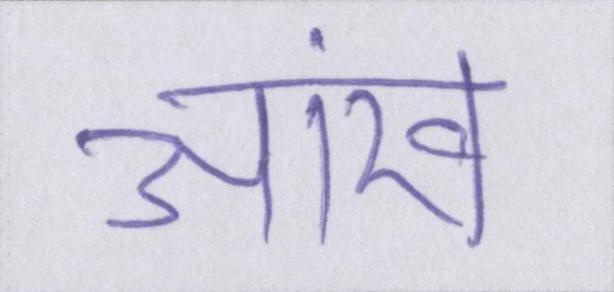
आंख